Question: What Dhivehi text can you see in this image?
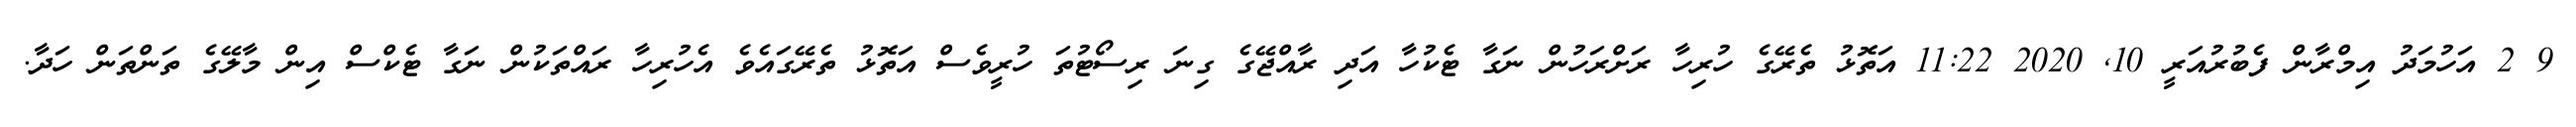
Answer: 9 2 އަހުމަދު އިމްރާން ފެބުރުއަރީ 10, 2020 11:22 އަތޮޅު ތެރޭގެ ހުރިހާ ރަށްރަހުން ނަގާ ޓެކުހާ އަދި ރާއްޖޭގެ ގިނަ ރިސޯޓުތަ ހުރީވެސް އަތޮޅު ތެރޭގައެވެ އެހުރިހާ ރައްތަކުން ނަގާ ޓެކްސް އިން މާލޭގެ ތަންތަން ހަދާ.